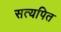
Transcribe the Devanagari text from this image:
सत्यपित